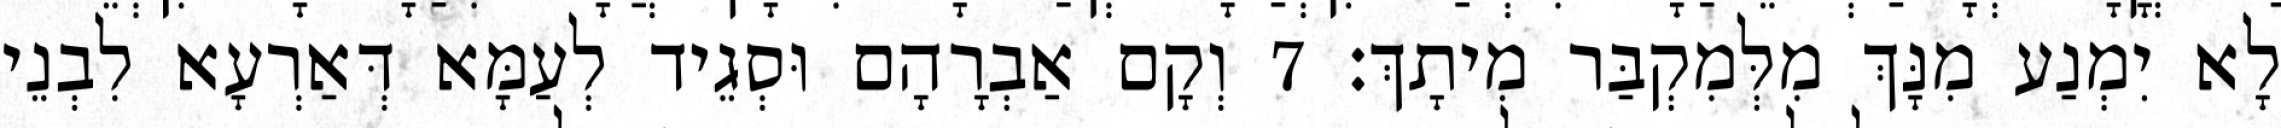
לָא יִמְנַע מִנָּךְ מִלְּמִקְבַּר מִיתָךְ׃ 7 וְקָם אַבְרָהָם וּסְגֵיד לְעַמָּא דְּאַרְעָא לִבְנֵי